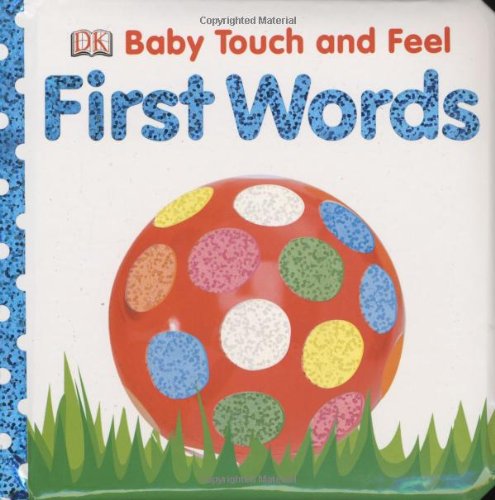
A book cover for First Words (Baby Touch & Feel); DK; Children's Books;